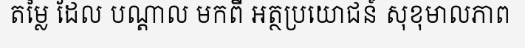
តម្លៃ ដែល បណ្តាល មកពី អត្ថប្រយោជន៍ សុខុមាលភាព